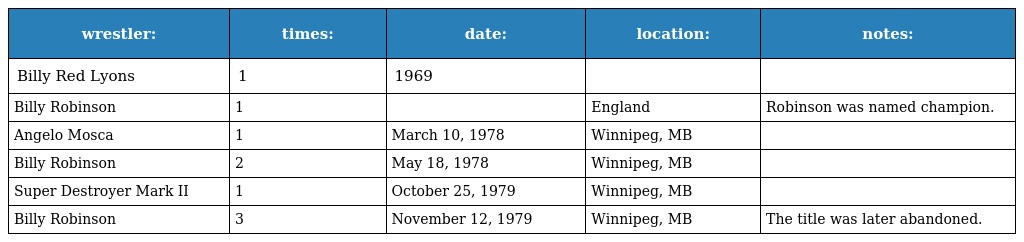
| wrestler: | times: | date: | location: | notes: |
 | --- | --- | --- | --- | --- |
 | Billy Red Lyons | 1 | 1969 |  |  |
 | Billy Robinson | 1 |  | England | Robinson was named champion. |
 | Angelo Mosca | 1 | March 10, 1978 | Winnipeg, MB |  |
 | Billy Robinson | 2 | May 18, 1978 | Winnipeg, MB |  |
 | Super Destroyer Mark II | 1 | October 25, 1979 | Winnipeg, MB |  |
 | Billy Robinson | 3 | November 12, 1979 | Winnipeg, MB | The title was later abandoned. |